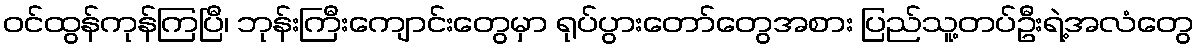
ဝင်ထွန်ကုန်ကြပြီ၊ ဘုန်းကြီးကျောင်းတွေမှာ ရုပ်ပွားတော်တွေအစား ပြည်သူ့တပ်ဦးရဲ့အလံတွေ